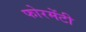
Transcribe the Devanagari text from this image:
फोरमेंटी